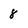
Character: 8